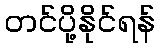
တင်ပို့နိုင်ရန်